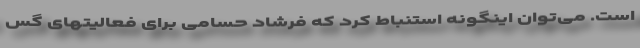
است. می‌توان اینگونه استنباط کرد که فرشاد حسامی برای فعالیتهای گس